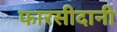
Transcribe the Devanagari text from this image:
फारसीदानी